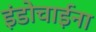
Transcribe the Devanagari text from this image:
इंडोचाईना